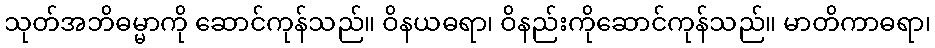
သုတ်အဘိဓမ္မာကို ဆောင်ကုန်သည်။ ဝိနယဓရာ၊ ဝိနည်းကိုဆောင်ကုန်သည်။ မာတိကာဓရာ၊